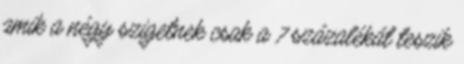
amik a négy szigetnek csak a 7 százalékát teszik